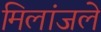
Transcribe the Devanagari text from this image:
मिलांजले